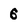
Character: 6